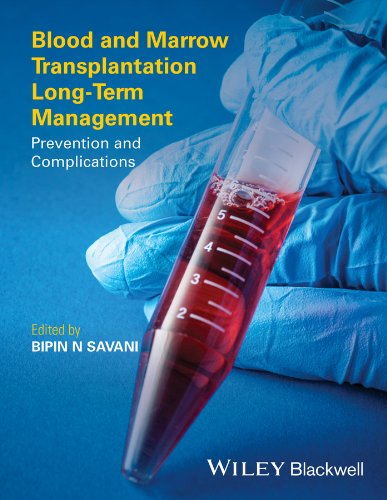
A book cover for Blood and Marrow Transplantation Long Term Management: Prevention and Complications; Health, Fitness & Dieting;